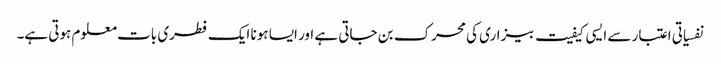
نفسیاتی اعتبار سے ایسی کیفیت بیزاری کی محرک بن جاتی ہے اور ایسا ہونا ایک فطری بات معلوم ہوتی ہے۔